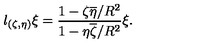
l _ { ( \zeta , \eta ) } \xi = \frac { 1 - \zeta \overline { \eta } / R ^ { 2 } } { 1 - \eta \overline { \zeta } / R ^ { 2 } } \xi .